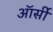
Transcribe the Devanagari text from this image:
ऑर्सी